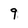
Character: 9